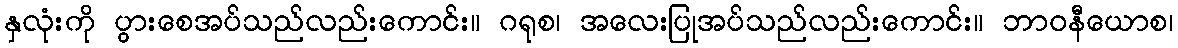
နှလုံးကို ပွားစေအပ်သည်လည်းကောင်း။ ဂရုစ၊ အလေးပြုအပ်သည်လည်းကောင်း။ ဘာဝနီယောစ၊